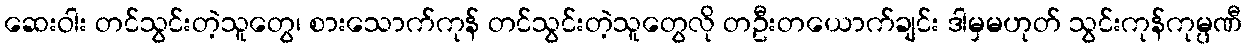
ဆေးဝါး တင်သွင်းတဲ့သူတွေ၊ စားသောက်ကုန် တင်သွင်းတဲ့သူတွေလို တဦးတယောက်ချင်း ဒါမှမဟုတ် သွင်းကုန်ကုမ္ပဏီ